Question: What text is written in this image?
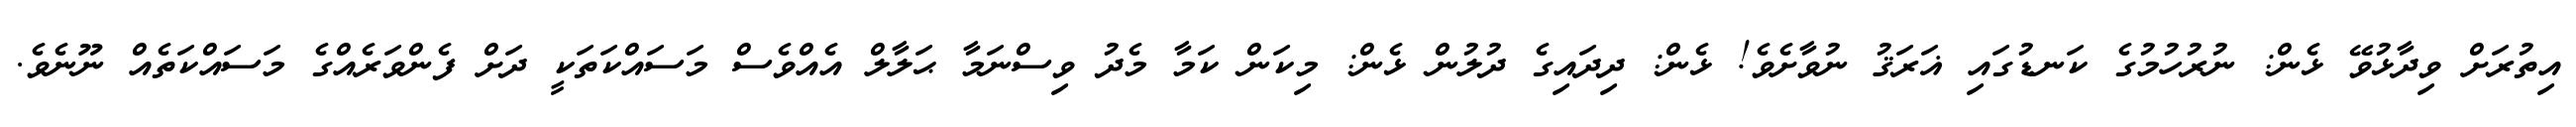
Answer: އިތުރަށް ވިދާޅުވޭ ޅެން: ނުރުހުމުގެ ކަނޑުގައި ޣަރަޤު ނުވާށެވެ! ޅެން: ދިދައިގެ ދުލުން ޅެން: މިކަން ކަމާ މެދު ވިސްނަމާ ޙަލާލް އެއްވެސް މަސައްކަތަކީ ދަށް ފެންވަރެއްގެ މަސައްކަތެއް ނޫނެވެ.